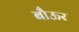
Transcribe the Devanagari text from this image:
बौऊर